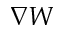
\nabla W